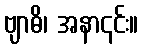
ဗျာဓိ၊ အနာ၎င်း။